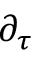
\partial _ { \tau }